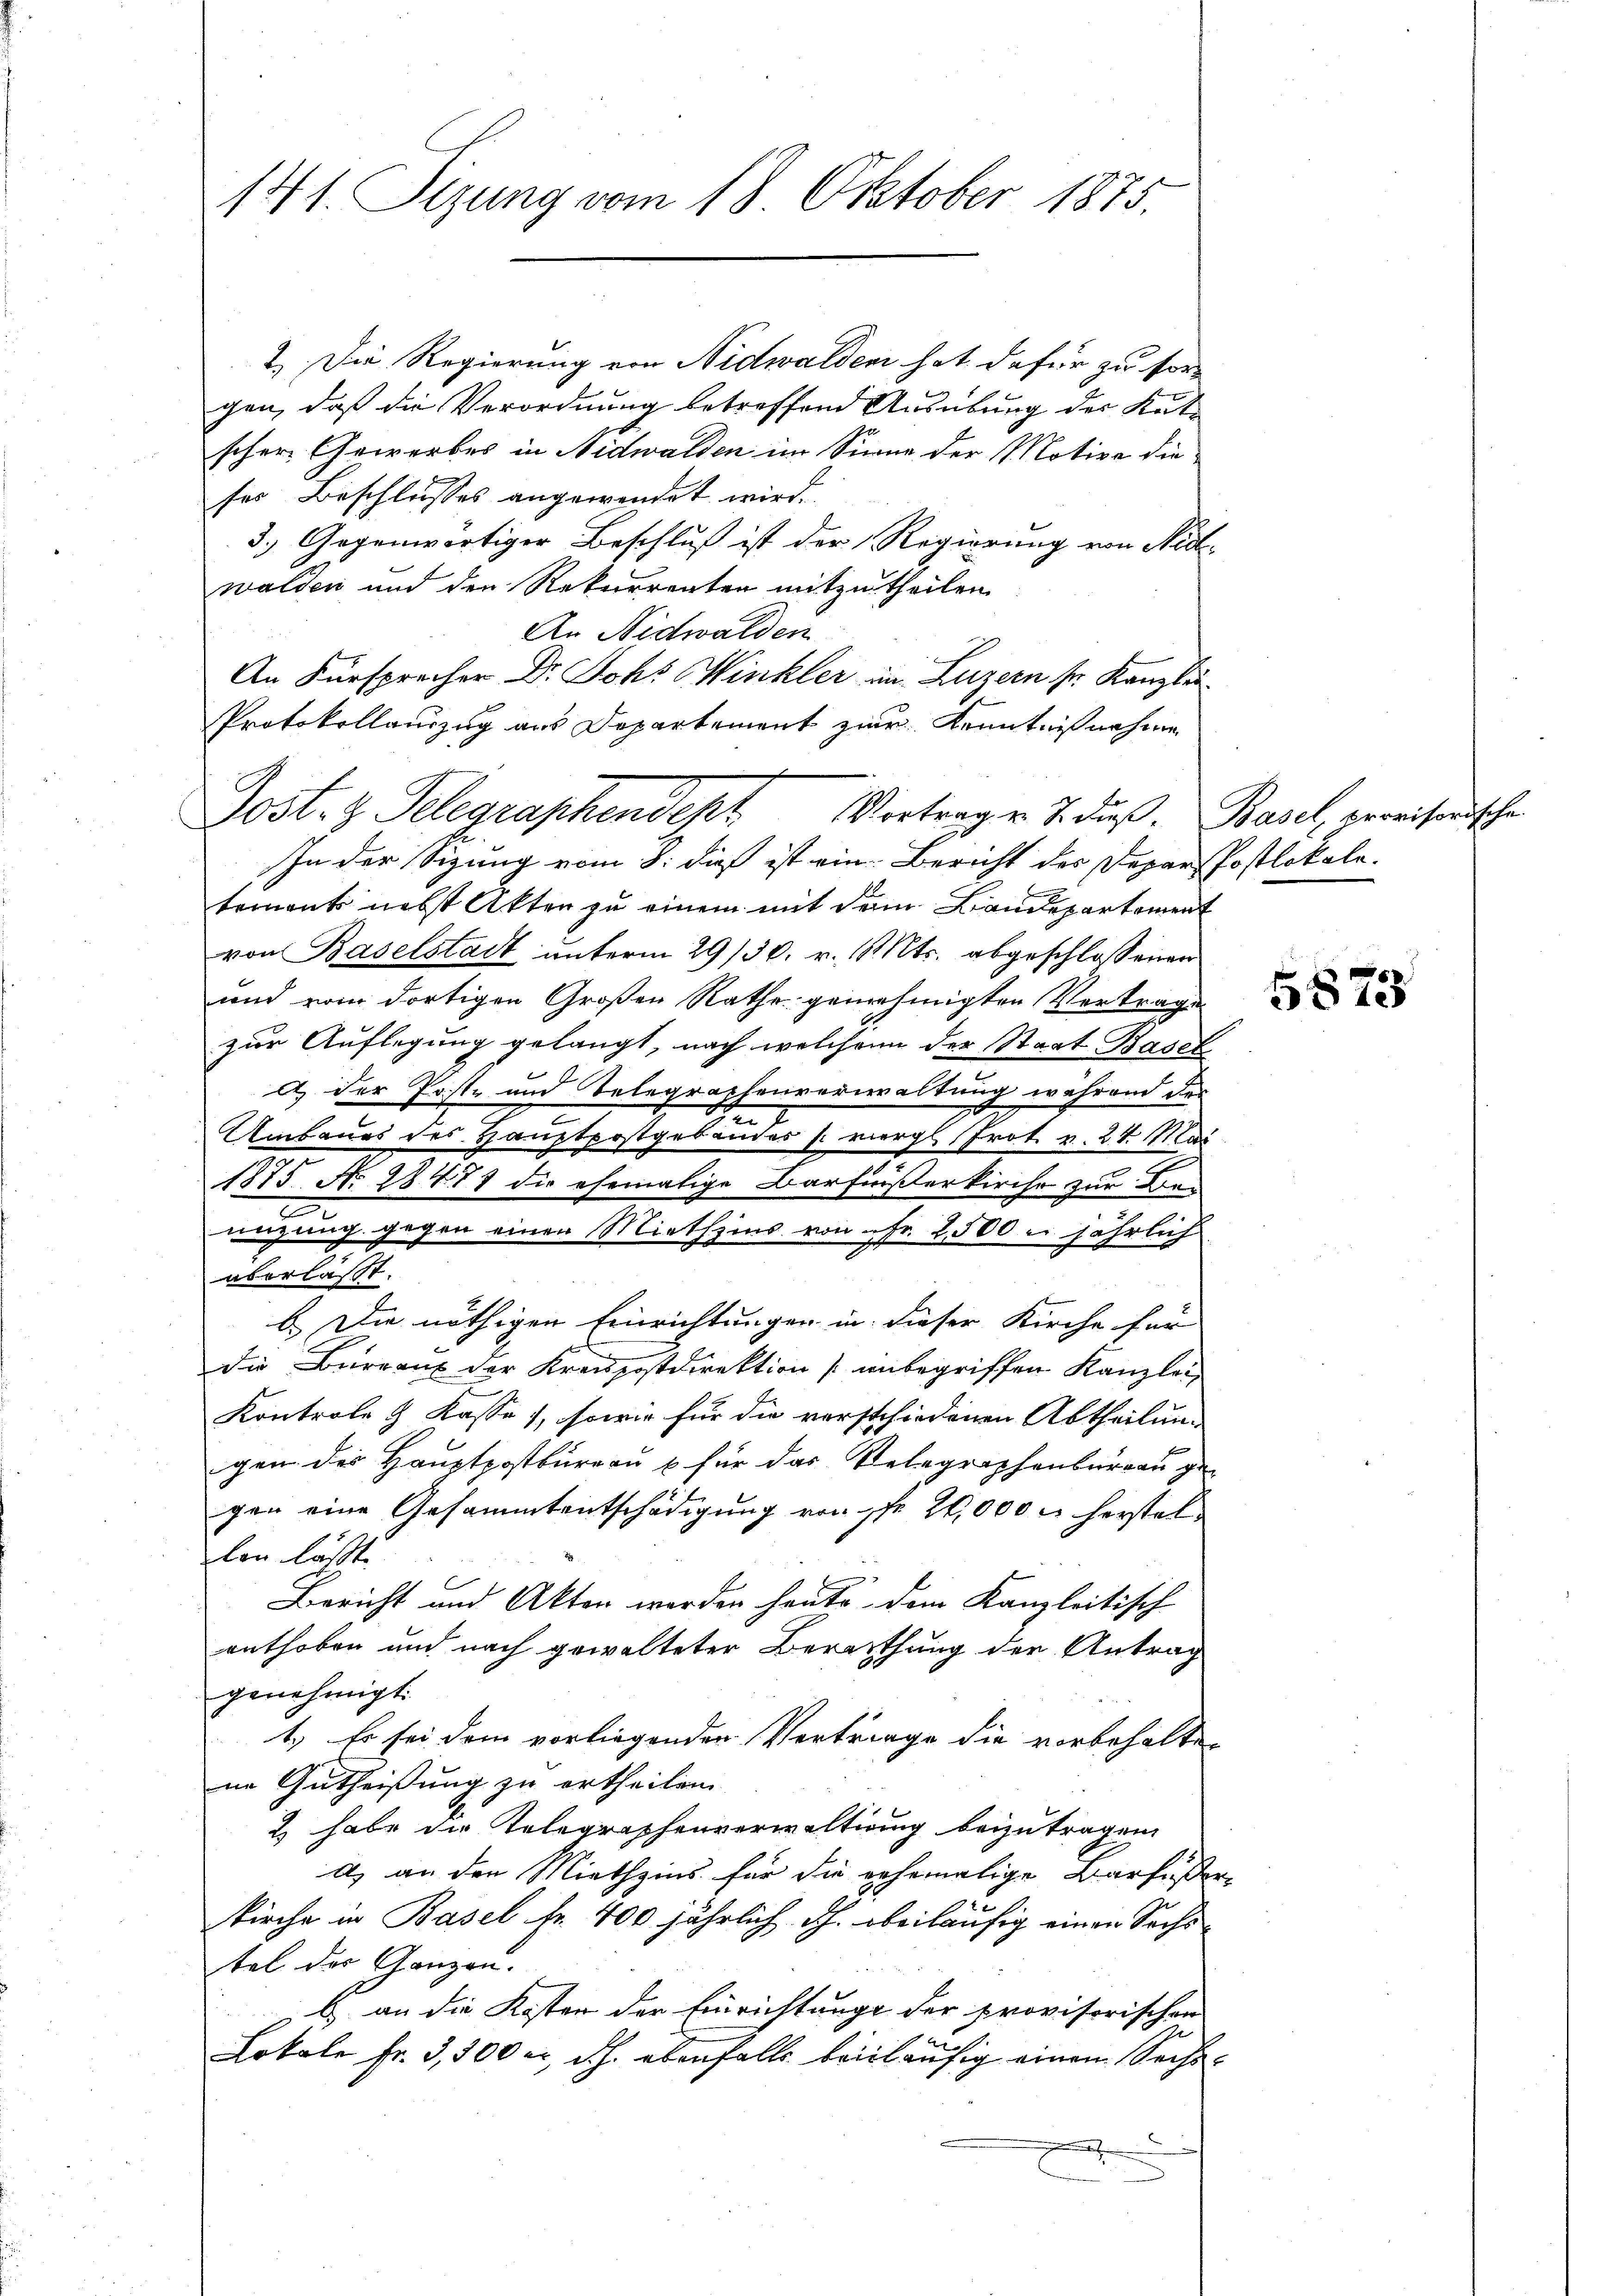
141. Sizung vom 18. Oktober 1875.

2.) Die Regierung von Nidwalden hat dafür zu for-
gen, daß die Verordnung betreffend Ausübung der Katscher Gewerbes in Nidwalden im Sinne der Motive die
ses Beschlusses angewendet wird.
3.) Gegenwärtiger Beschluß ist der Regierung von Nidwalden und den Rekurrenten mitzutheilen.
An Nidwalden
An Fürsprecher Dr. Johs. Winkler im Luzern sr. Kanzlei-
Protokollauszug aus Dopartement zur Kenntnißnahme
In der Sigung vom 8. dieß ist ein. Bericht der Depar Postlokale.
tements nebst Akten zu einem mit den Landepartement
von Baselstadt unterm 29/30. v. Mts. abgeschlossenen
und vom dortigen Großen Rathe genehmigten Vertrage
zur Auflegung gelangt, nach welchen der Staat Basel
a.) der Post- und Belegraphenverwaltung während das
Umbaues des Hauptpostgebäudes vergl. Prot. v. 24. Mai
1875. No. 28471 die ehemalige Barfnißerkirche zur Bei
nizung gegen einen Miethzins von Fr. 2500 n jährlich
aberlasst.
b.) Die nöthigen Einrichtungen in dieser Kirche für
Die Burraus der Kreispostdirektion unbegriffen Kanzlei
Kontrole & Kasse), sowie für die verschiedenen Abtheilung
gen des Hauptpostbureau & für das Telegraphenburgau ge-
gen eine Gesammtentschädigung von 1fr. 20,000 m herstellen lässte
Bericht und Akten werden heute, dem Kanzleitisch
enthoben und nach gewalteter Berathung der Antrag
genehmigt.
1.) Es sei dem vorliegenden Vertrage die vorbehalten
ne Gutheißung zu ertheilen.
2 habe die Kolegraphenverwaltung beizutragen.
a) an den Miethzins für die gehemalige Barfußen
kirche in Basel Fr. 400 jährlich J. beiläufig einen Sachs
tel des Ganzen.
b an die Kosten der Einrichtunge der provisorischen
e
Lokale Fr. 3,500 er, d.h. ebenfalls beiläufig einem Sechs¬
.

Post. Z. Telegraphendept Vortragen J. dieß. Basel, pereisenische

1

5873